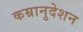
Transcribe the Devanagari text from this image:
कम्रानुदेशन